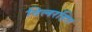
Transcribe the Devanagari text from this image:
दिलरहित